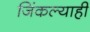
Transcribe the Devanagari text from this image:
जिंकल्याही